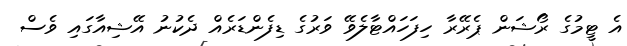
އެ ޓީމުގެ ރޯޝަން ޕެރޭރާ ހިފަހައްޓާލެވޭ ވަރުގެ ޑިފެންޑަރެއް ދެކުނު އޭޝިއާގައި ވެސް